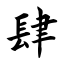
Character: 肆